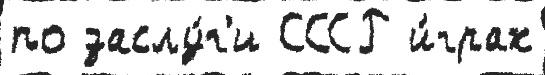
по заслу́г'и СССР и́грах